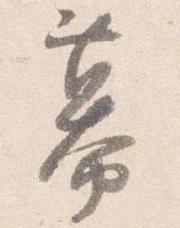
幕